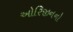
ઓરિજીનનો